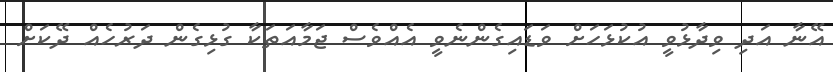
އޭނާ އަދި ވިދާޅުވީ އުކުޅަހަށް ވަޑައިގެންނެވީ އެެއްވެސް ޖަމާއަތަކާ ގުޅިގެން ދަރުހެއް ދޭކަށް